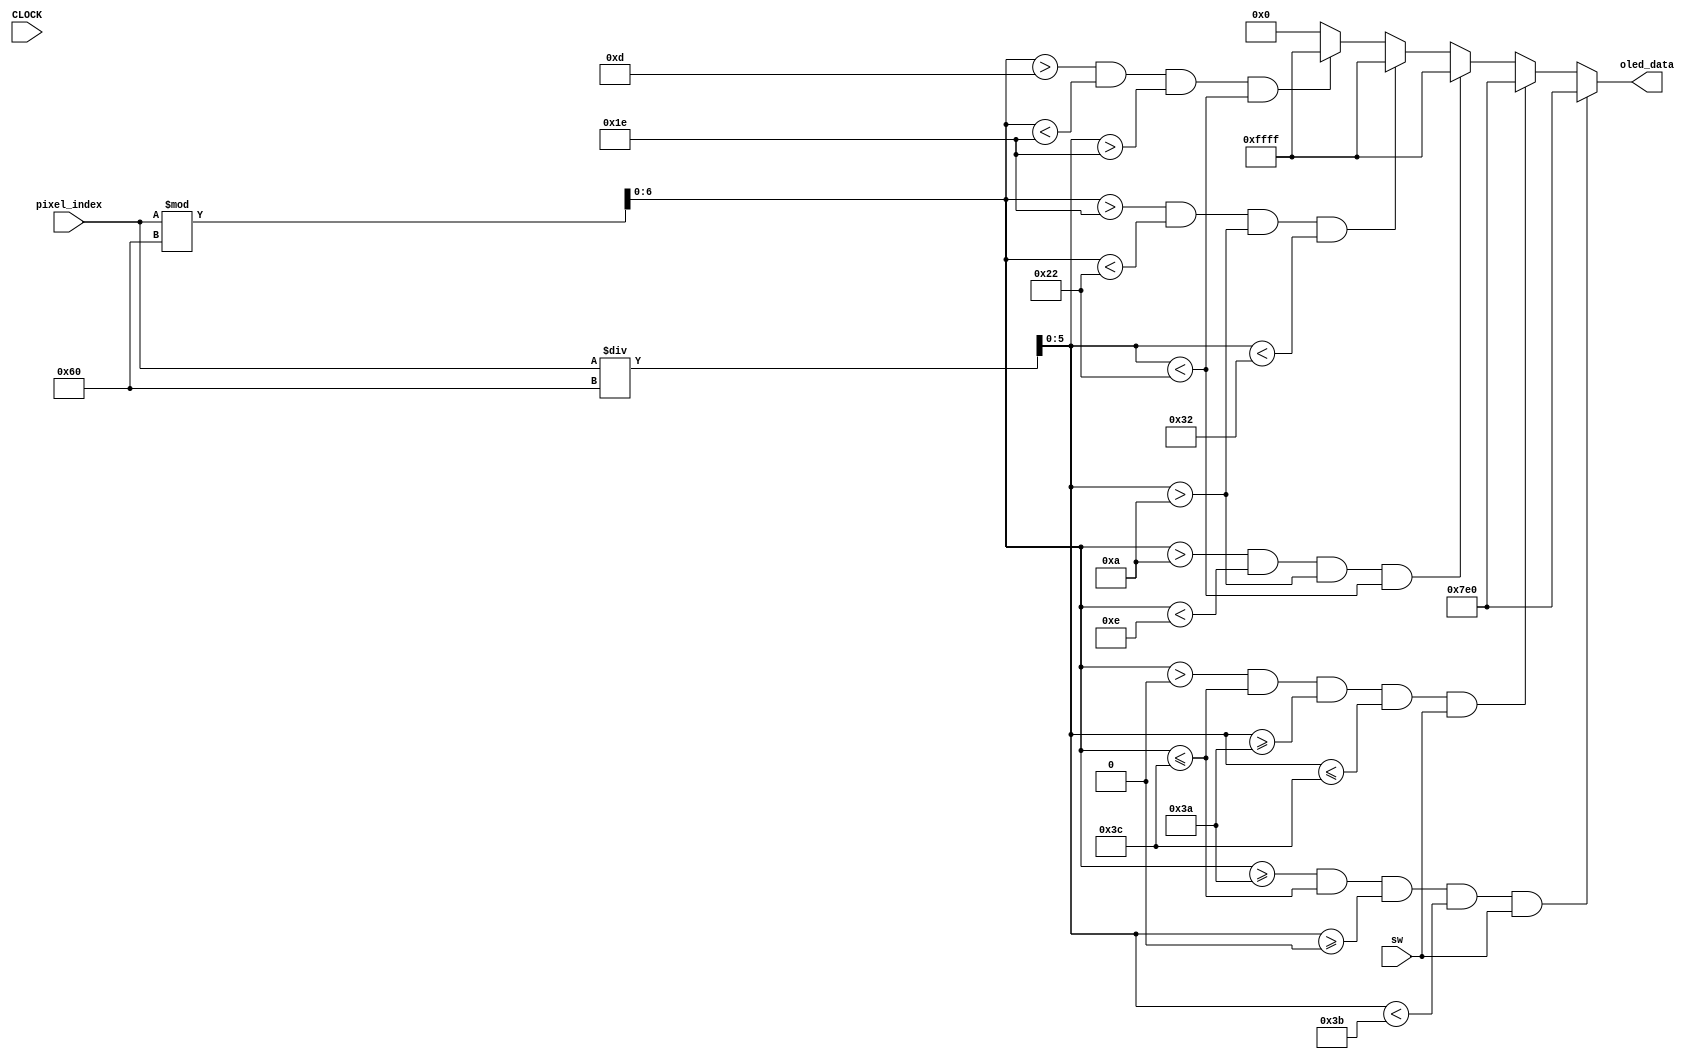
`timescale 1ns / 1ps
//////////////////////////////////////////////////////////////////////////////////
// Company: 
// Engineer: 
// 
// Design Name: 
// Module Name: four
// Project Name: 
// Target Devices: 
// Tool Versions: 
// Description: 
// 
// Dependencies: 
// 
// Revision:
// Revision 0.01 - File Created
// Additional Comments:
// 
//////////////////////////////////////////////////////////////////////////////////


module oled_digit_4(
    input CLOCK,
    input sw,
    input [12:0] pixel_index,
    output reg [15:0] oled_data
    );
    wire [6:0] x; //from 0 to 95
    wire [5:0] y;
    assign x = pixel_index%96;
    assign y = pixel_index/96;
    always @(CLOCK) begin
        if ((x >= 58) && (x <= 60) && (y >= 0) && (y < 59) && sw) begin
            oled_data <= 16'h07E0;
        end
        else if ((x > 0) && (x <= 60) && (y >= 58) && (y <= 60) && sw) begin
            oled_data <= 16'h07E0;
        end
        else if ((x > 10) && (x < 14) && (y > 10) && (y < 34)) begin
            oled_data <= 16'b1111111111111111;
        end
        else if ((x > 30) && (x < 34) && (y > 10) && (y < 50)) begin
            oled_data <= 16'b1111111111111111;
        end
        else if ((x > 13) && (x < 30) && (y > 30) && (y < 34)) begin
            oled_data <= 16'b1111111111111111;
        end                
        else begin
            oled_data <= 16'h0000;
        end
    end

endmodule